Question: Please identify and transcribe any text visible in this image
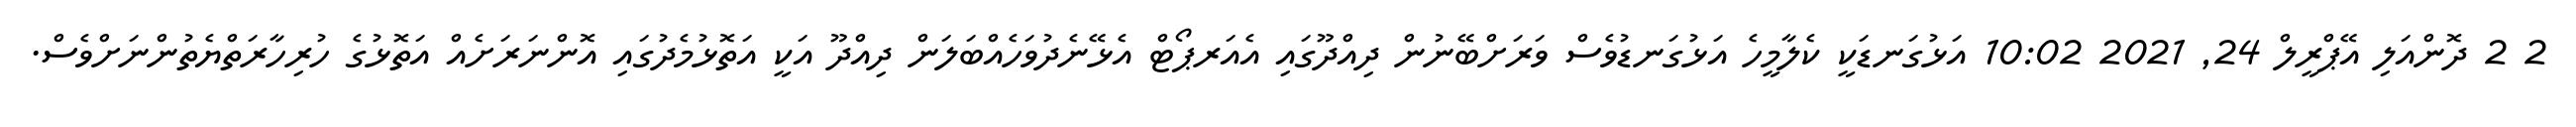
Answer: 2 2 ދޮންއަލި އޭޕްރީލް 24, 2021 10:02 އަޅުގަނޑަކީ ކެލާމީހެ އަޅުގަނޑުވެސް ވަރަށްބޭނުން ދިއްދޫގައި އެއަރޕޯޓް އެޅޭނެދުވަހެއްބަލަން ދިއްދޫ އަކީ އަތޮޅުމެދުގައި އޮންނަރަށެއް އަތޮޅުގެ ހުރިހާރަތްޔެތުންނަށްވެސް.